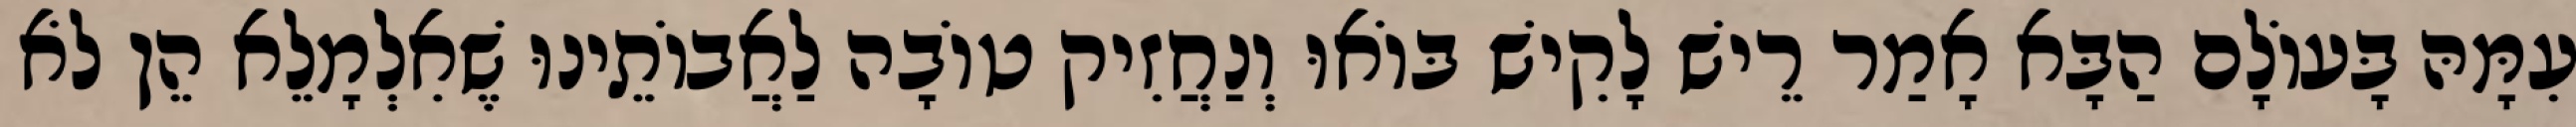
עִמָּהּ בָּעוֹלָם הַבָּא אָמַר רֵישׁ לָקִישׁ בּוֹאוּ וְנַחֲזִיק טוֹבָה לַאֲבוֹתֵינוּ שֶׁאִלְמָלֵא הֵן לֹא